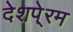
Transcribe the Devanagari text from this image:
देशपे्रम